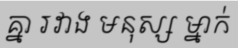
គ្នា រវាង មនុស្ស ម្នាក់